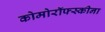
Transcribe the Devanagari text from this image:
कोमोरॉफ्स्कीना